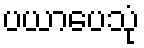
ပယာပေသုံ